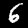
Digit: 6